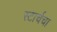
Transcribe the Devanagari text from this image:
स्टार्चचा